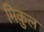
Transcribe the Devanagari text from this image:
मिकुल